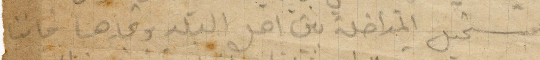
فمستحيل المداخله بين اهل البلد وتجارها فاننا